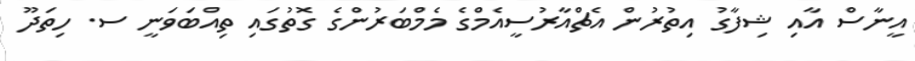
އީނާސް އާއި ޝިފާގު އިތުރުން އެޗްއާރުސީއެމްގެ މެމްބަރުންގެ ގޮތުގައި ތިއްބަވަނީ ސ. ހިތަދޫ